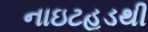
નાઇટહૂડથી